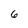
Character: 6